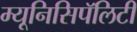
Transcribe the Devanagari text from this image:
म्यूनिसिपॅलिटी